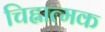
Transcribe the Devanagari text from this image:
चिह्नात्मक